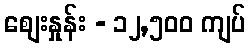
စျေးနှုန်း - ၁၂,၅၀၀ ကျပ်